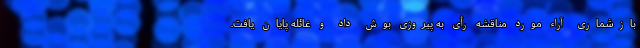
بازشماری آراء مورد مناقشه رأی به پیروزی بوش داد و غائله پایان یافت.